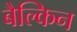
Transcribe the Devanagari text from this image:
बैल्किन